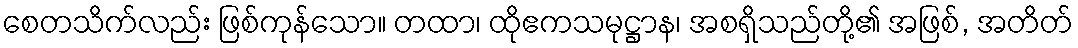
စေတသိက်လည်း ဖြစ်ကုန်သော။ တထာ၊ ထိုဧကသမုဋ္ဌာန၊ အစရှိသည်တို့၏ အဖြစ်, အတိတ်